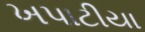
ખપાટીયા